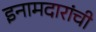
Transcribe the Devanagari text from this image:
इनामदारांची